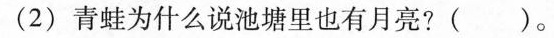
(2)青蛙为什么说池塘里也有月亮?（）。